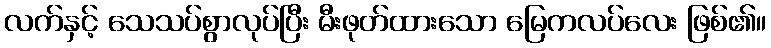
လက်နှင့် သေသပ်စွာလုပ်ပြီး မီးဖုတ်ထားသော မြေကလပ်လေး ဖြစ်၏။